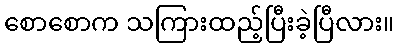
စောစောက သကြားထည့်ပြီးခဲ့ပြီလား။